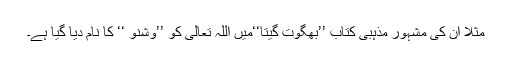
مثلاََ ان کی مشہور مذہبی کتاب ’’بھگوَت گیتا‘‘میں اللہ تعالیٰ کو ’’وِشنو ‘‘ کا نام دیا گیا ہے۔